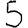
Digit: 5